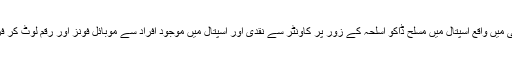
بھینس کالونی میں واقع اسپتال میں مسلح ڈاکو اسلحہ کے زور پر کاؤنٹر سے نقدی اور اسپتال میں موجود افراد سے موبائل فونز اور رقم لوٹ کر فرار ہو گئے۔